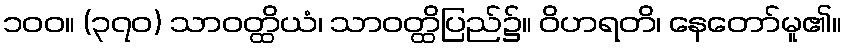
၁၀၀။ (၃၇၀) သာဝတ္ထိယံ၊ သာဝတ္ထိပြည်၌။ ဝိဟရတိ၊ နေတော်မူ၏။